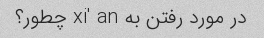
در مورد رفتن به xi' an چطور؟